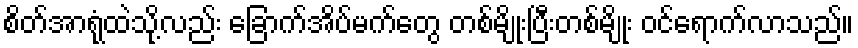
စိတ်အာရုံထဲသို့လည်း ခြောက်အိပ်မက်တွေ တစ်မျိုးပြီးတစ်မျိုး ဝင်ရောက်လာသည်။